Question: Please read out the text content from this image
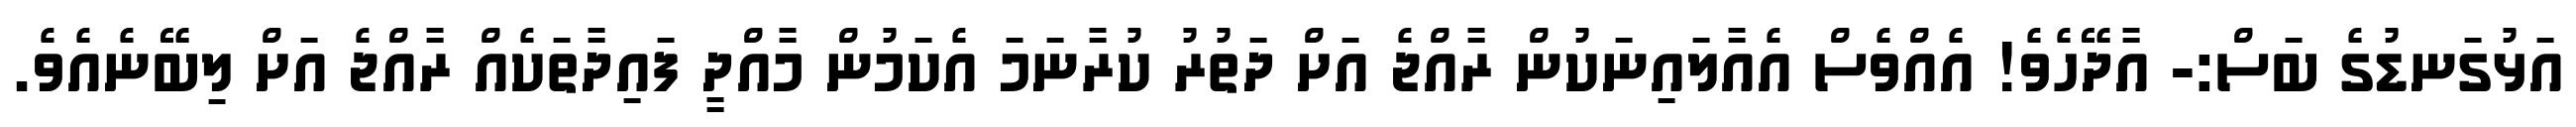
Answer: އަޅުގަނޑުގެ ބަސް:- އާދޭހެވެ! އެއްވެސް އެއާލައިނަކުން ރާއްޖެ އަށް ދަތުރު ކުރާނަމަ އެކަމުން މާއްދީ ފައިދާތަކެއް ރާއްޖެ އަށް ލިބޭނެއެވެ.